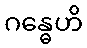
ဂန္ဓေဟိ